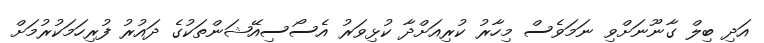
އަދި ބިލް ގާނޫނަށްވި ނަމަވެސް މިހާރު ކުރިއަށްދާ ކުޅިވަރު އެސޯސިއޭޝަންތަކުގެ ދައުރު ފުރިހަމަކުރުމަށް